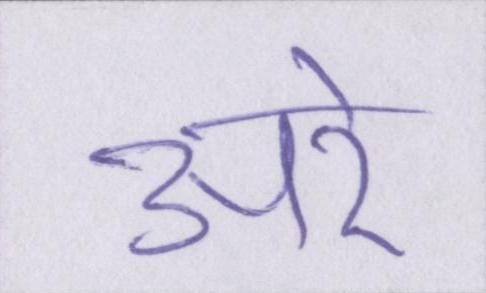
अरे